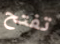
تفتح